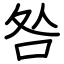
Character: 咎